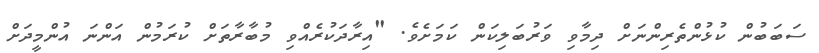
ސަބަބުން ކުޅުންތެރިންނަށް ދިމާވި ވަރުބަލިކަން ކަމަށެވެ. "އިރާދަކުރެއްވި މުބާރާތަށް ކުރަމުން އަންނަ އުންމީދަށް